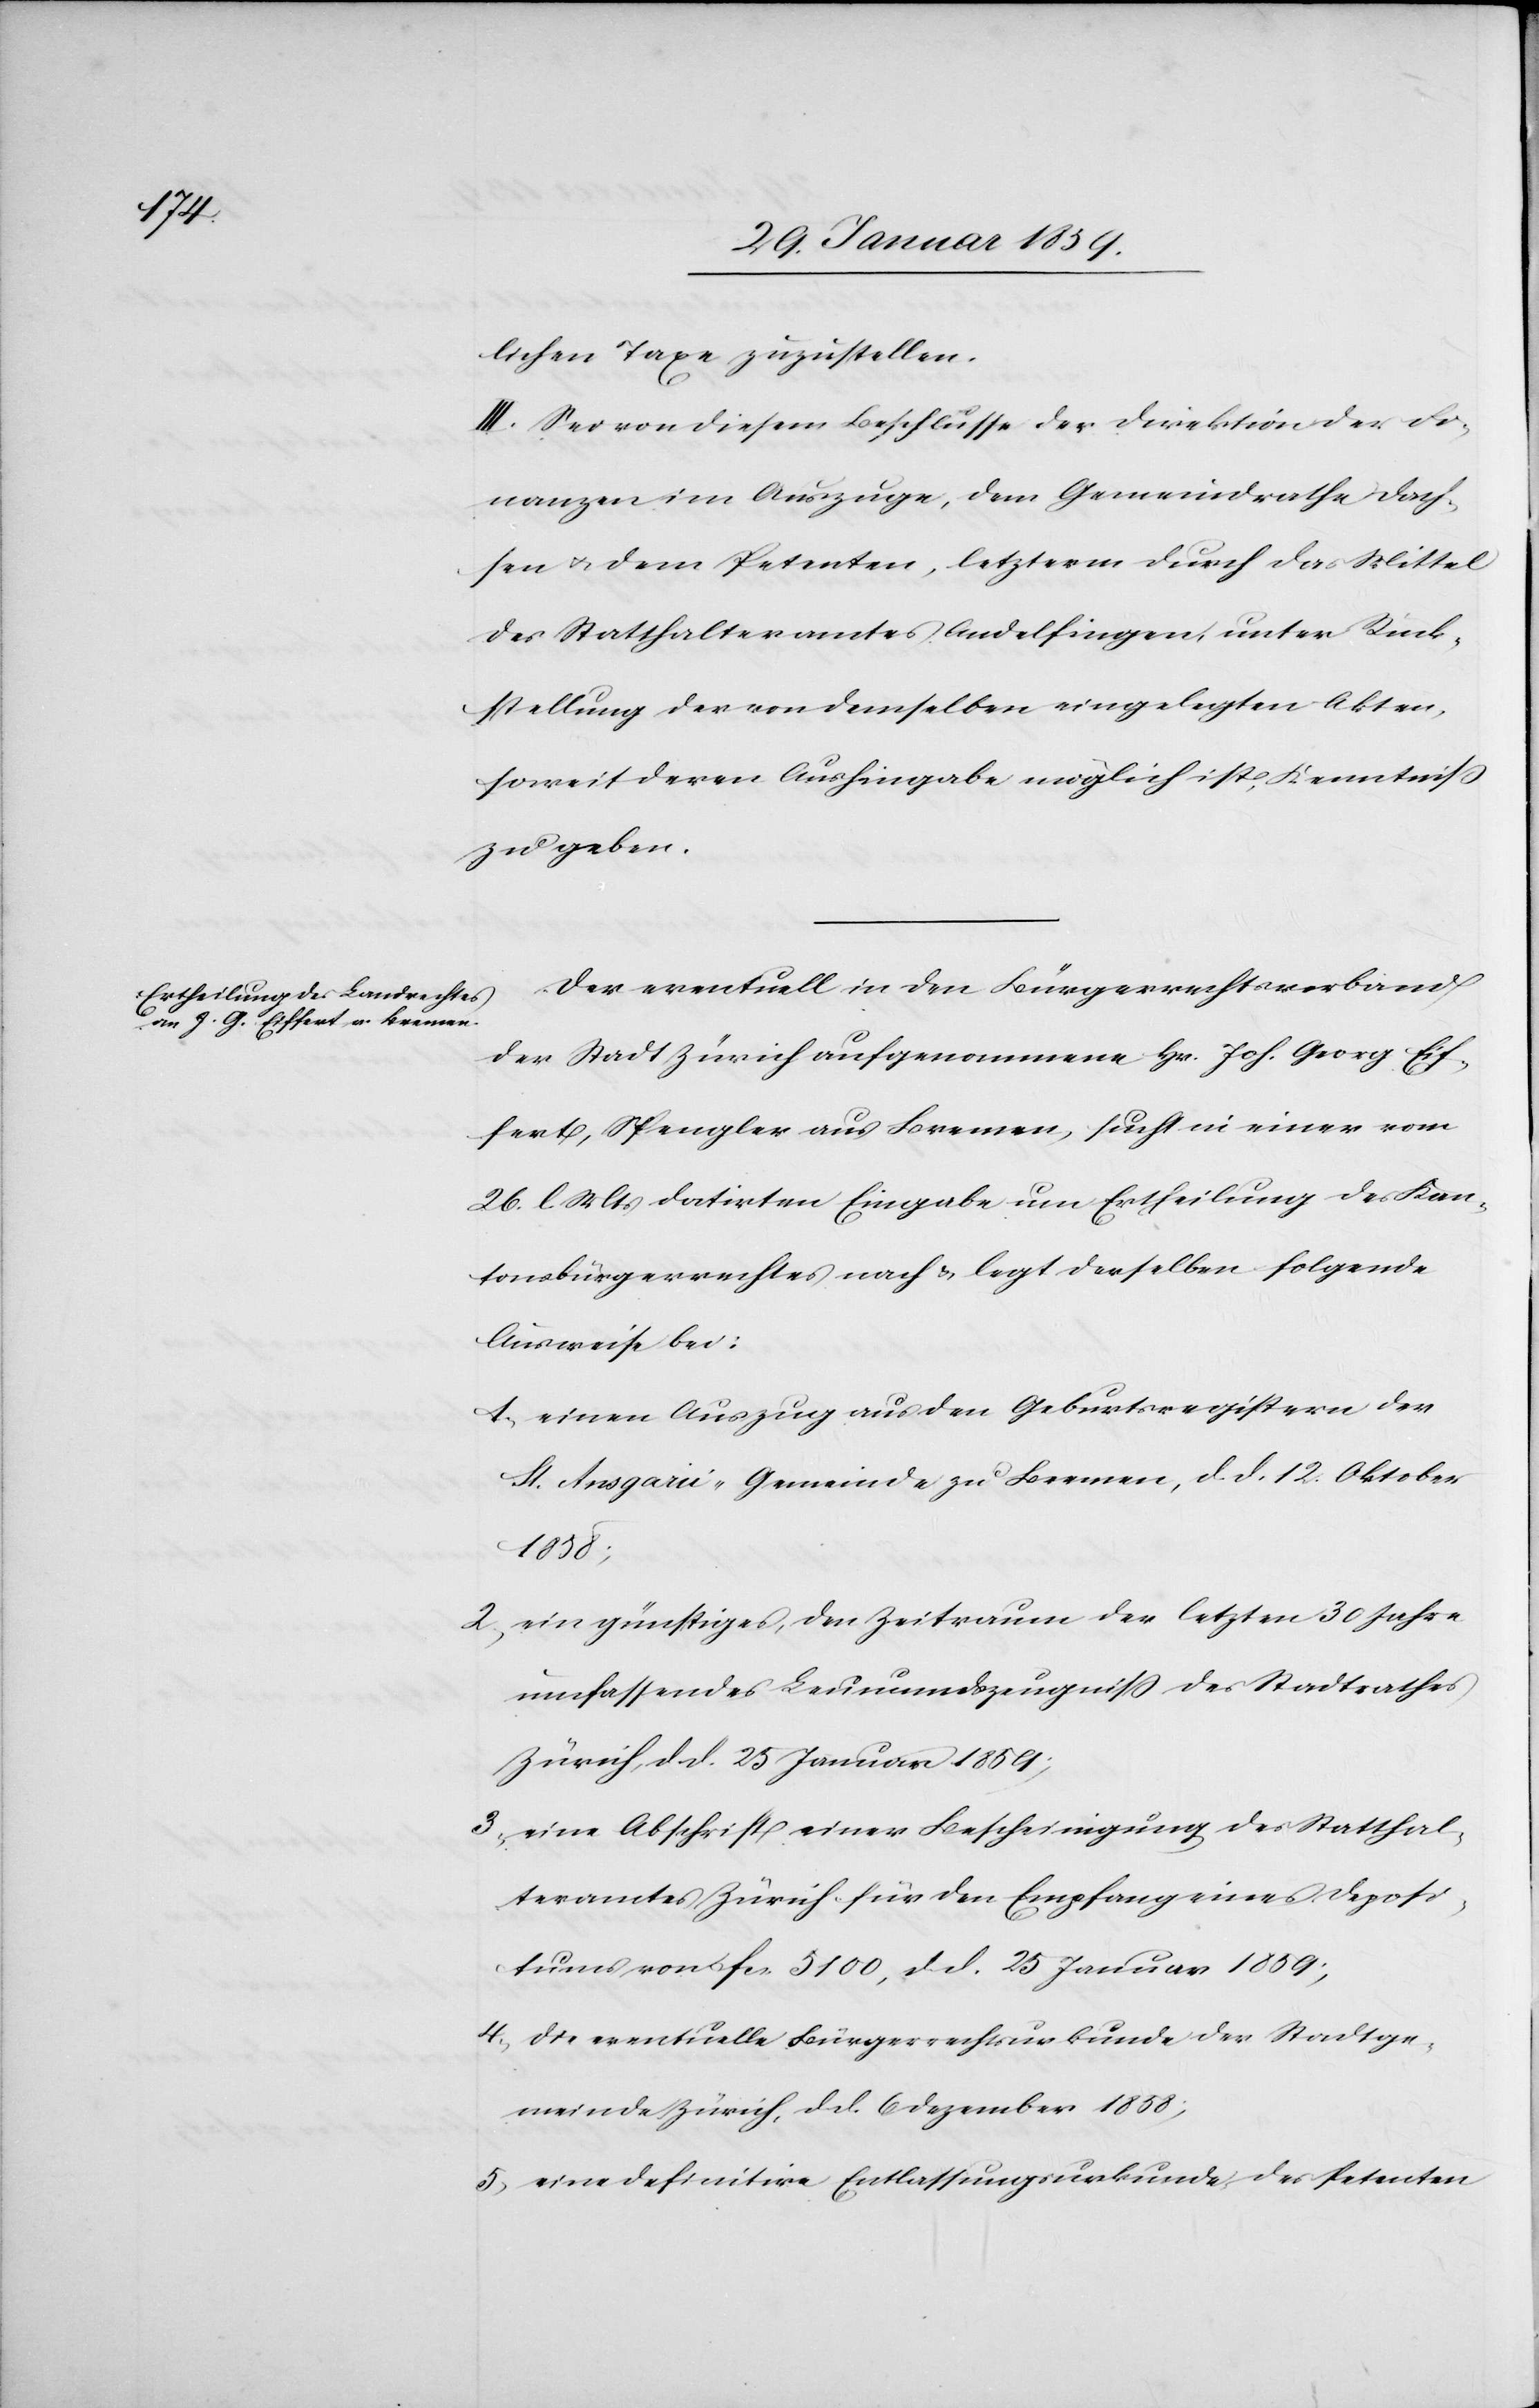
lichen Taxe zuzustellen.
III. Sei von diesem Beschlusse der Direktion der Fi¬
nanzen im Auszuge, dem Gemeindrathe Dach¬
sen u. dem Petenten, letzterm durch das Mittel
des Statthalteramtes Andelfingen unter Rück¬
stellung der von demselben eingelegten Akten,
soweit deren Aushingabe möglich ist, Kenntniß
zu geben.
Der eventuell in den Bürgerrechtsverband
der Stadt Zürich aufgenommene Hr. Joh. Georg Eif¬
fert, Spengler aus Bremen, sucht in einer vom
26. l. Mts datirten Eingabe um Ertheilung des Kan¬
tonsbürgerrechtes nach & legt derselben folgende
Ausweise bei:
1, einen Auszug aus den Geburtsregistern der
St. Ansgarié-Gemeinde zu Bremen, d. d. 12. Oktober
1858;
2, ein günstiges, den Zeitraum der letzten 30 Jahre
umfassendes Leumundszeugniß des Stadtrathes
Zürich, d. d. 25 Januar 1859;
3, eine Abschrift einer Bescheinigung des Statthal¬
teramtes Zürich für den Empfang eines Deposi¬
tums von fcs. 5100, d. d. 25 Januar 1859;
4, die eventuelle Bürgerrechtsurkunde der Stadtge¬
meinde Zürich, d. d. 6 Dezember 1858;
5, eine definitive Entlassungsurkunde des Petenten